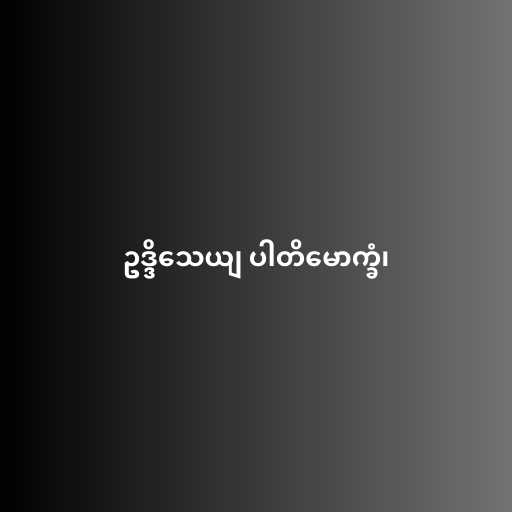
ဥဒ္ဒိသေယျ ပါတိမောက္ခံ၊